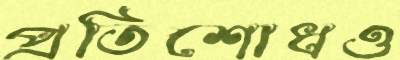
প্রতিশোধও